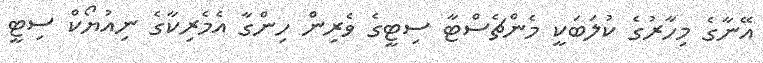
އޭނާގެ މިހާރުގެ ކުލަބަކީ މެންޗެސްޓާ ސިޓީގެ ވެރިން ހިންގާ އެމެރިކާގެ ނިއުޔޯކް ސިޓީ